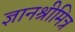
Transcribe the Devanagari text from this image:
ज्ञानश्रीमित्र